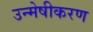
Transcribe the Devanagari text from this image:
उन्मेषीकरण